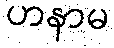
ဟနာမ